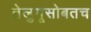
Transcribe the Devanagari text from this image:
तेलुगूसोबतच